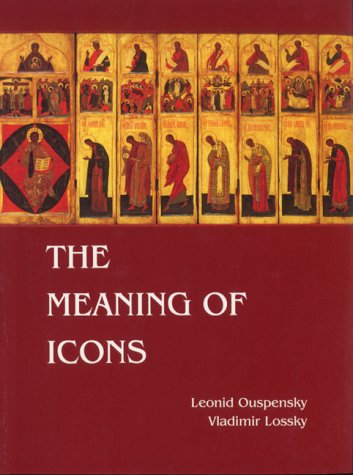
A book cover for The Meaning of Icons; Vladimir Lossky; Arts & Photography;